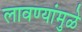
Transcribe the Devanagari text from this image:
लावण्यांमुळे